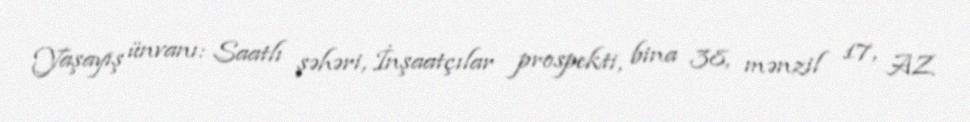
Yaşayış ünvanı: Saatlı şəhəri, İnşaatçılar prospekti, bina 38, mənzil 17, AZ